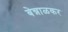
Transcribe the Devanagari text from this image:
बेन्नाळकर